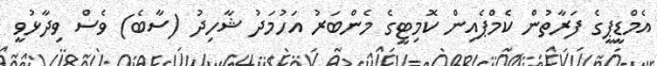
އެމްޑީޕީގެ ފަރާތުން ކެމްޕެއިން ކޮމިޓީގެ މެންބަރު އަހުމަދު ޝާހިދު (ސާބެ) ވެސް ވިދާޅުވީ